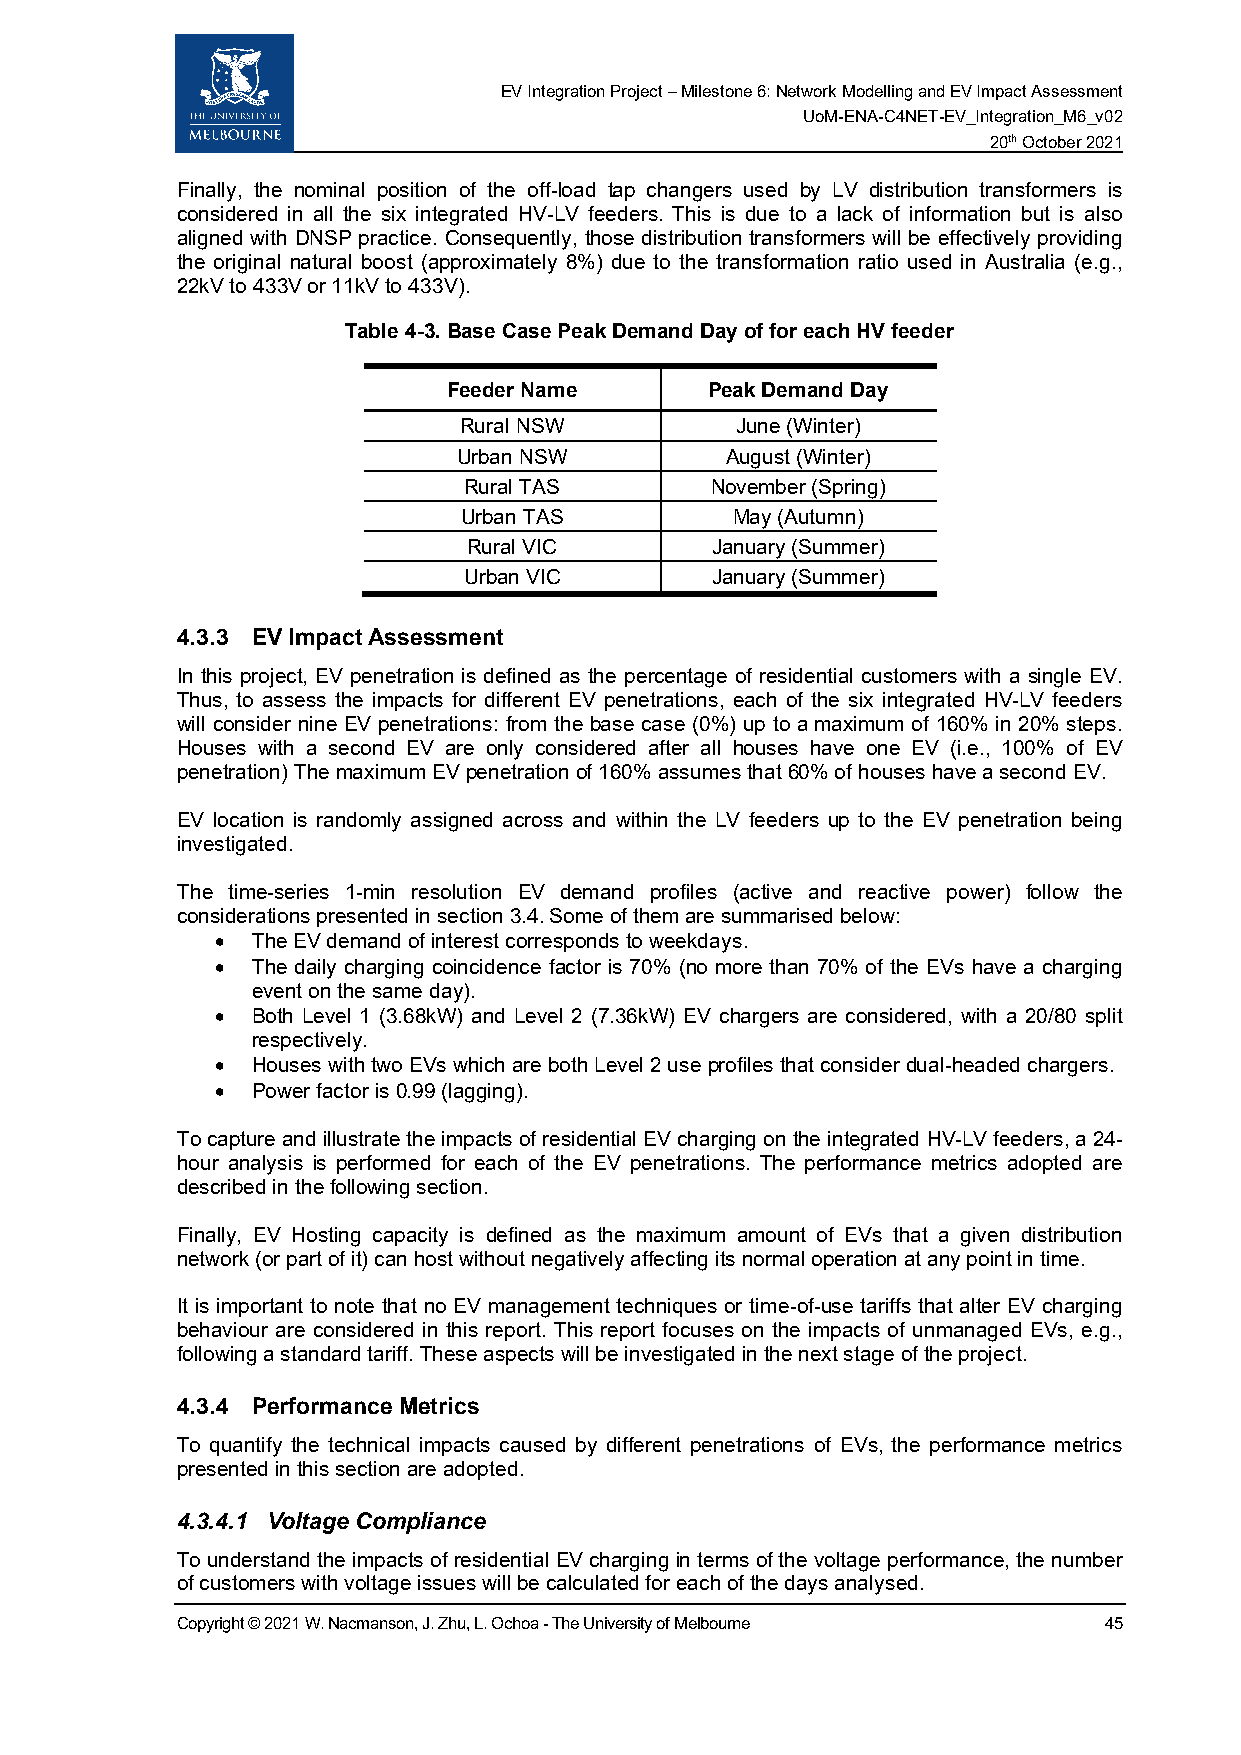
EV Integration Project – Milestone 6: Network Modelling and EV Impact Assessment
 UoM-ENA-C4NET-EV_Integration_M6_v02
 20th October 2021
 Finally, the nominal position of the off-load tap changers used by LV distribution transformers is
 considered in all the six integrated HV-LV feeders. This is due to a lack of information but is also
 aligned with DNSP practice. Consequently, those distribution transformers will be effectively providing
 the original natural boost (approximately 8%) due to the transformation ratio used in Australia (e.g.,
 22kV to 433V or 11kV to 433V).
 Table 4-3. Base Case Peak Demand Day of for each HV feeder
 Feeder Name      Peak Demand Day
 Rural NSW          June (Winter)
 Urban NSW         August (Winter)
 Rural TAS       November (Spring)
 Urban TAS          May (Autumn)
 Rural VIC       January (Summer)
 Urban VIC       January (Summer)
 4.3.3 EV Impact Assessment
 In this project, EV penetration is defined as the percentage of residential customers with a single EV.
 Thus, to assess the impacts for different EV penetrations, each of the six integrated HV-LV feeders
 will consider nine EV penetrations: from the base case (0%) up to a maximum of 160% in 20% steps.
 Houses with a second EV are only considered after all houses have one EV (i.e., 100% of EV
 penetration) The maximum EV penetration of 160% assumes that 60% of houses have a second EV.
 EV location is randomly assigned across and within the LV feeders up to the EV penetration being
 investigated.
 The time-series 1-min resolution EV demand profiles (active and reactive power) follow the
 considerations presented in section 3.4. Some of them are summarised below:
 •  The EV demand of interest corresponds to weekdays.
 •  The daily charging coincidence factor is 70% (no more than 70% of the EVs have a charging
 event on the same day).
 •  Both Level 1 (3.68kW) and Level 2 (7.36kW) EV chargers are considered, with a 20/80 split
 respectively.
 •  Houses with two EVs which are both Level 2 use profiles that consider dual-headed chargers.
 •  Power factor is 0.99 (lagging).
 To capture and illustrate the impacts of residential EV charging on the integrated HV-LV feeders, a 24-
 hour analysis is performed for each of the EV penetrations. The performance metrics adopted are
 described in the following section.
 Finally, EV Hosting capacity is defined as the maximum amount of EVs that a given distribution
 network (or part of it) can host without negatively affecting its normal operation at any point in time.
 It is important to note that no EV management techniques or time-of-use tariffs that alter EV charging
 behaviour are considered in this report. This report focuses on the impacts of unmanaged EVs, e.g.,
 following a standard tariff. These aspects will be investigated in the next stage of the project.
 4.3.4 Performance Metrics
 To quantify the technical impacts caused by different penetrations of EVs, the performance metrics
 presented in this section are adopted.
 4.3.4.1 Voltage Compliance
 To understand the impacts of residential EV charging in terms of the voltage performance, the number
 of customers with voltage issues will be calculated for each of the days analysed.
 Copyright © 2021 W. Nacmanson, J. Zhu, L. Ochoa - The University of Melbourne 45